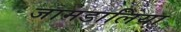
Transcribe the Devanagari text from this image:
जामडालिया